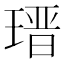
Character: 𤨁